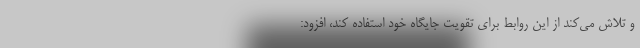
و تلاش می‌کند از این روابط برای تقویت جایگاه خود استفاده کند، افزود: